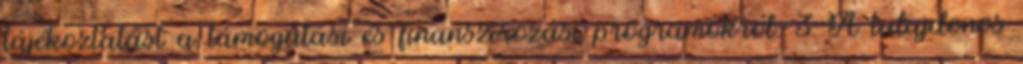
tájékoztatást a támogatási és finanszírozási programokról. 3 A tulajdonos